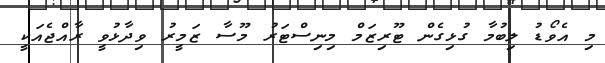
މި އެވޯޑު ލިބުމާ ގުޅިގެން ޓޫރިޒަމް މިނިސްޓަރު މޫސާ ޒަމީރު ވިދާޅުވީ ރާއްޖެއަކީ